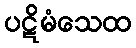
ပဋိမံသေထ